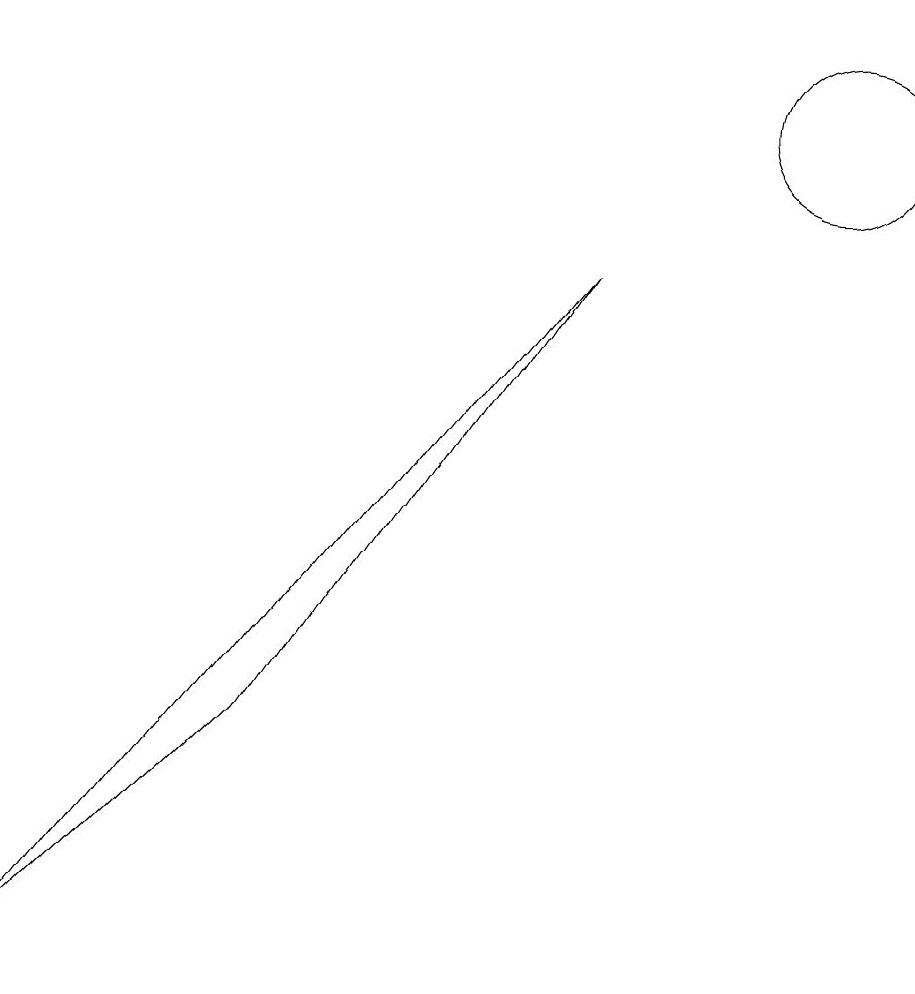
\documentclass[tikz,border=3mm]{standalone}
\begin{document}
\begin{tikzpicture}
\draw (0,0) -- (7,9) -- (3,3) -- cycle;
\draw (10,11) circle (1);
\draw (10,10) circle (0);
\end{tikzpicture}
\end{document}